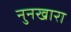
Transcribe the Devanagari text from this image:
नुनखारा